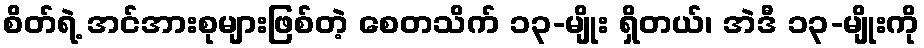
စိတ်ရဲ့ အင်အားစုများဖြစ်တဲ့ စေတသိက် ၁၃-မျိုး ရှိတယ်၊ အဲဒီ ၁၃-မျိုးကို